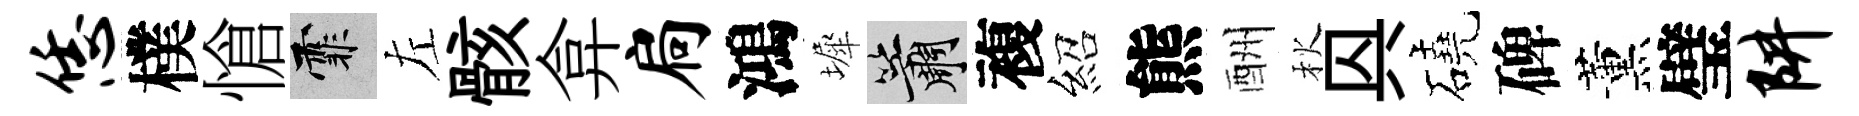
恁樸愴霏左骸弇扃鴻墀簫複紹熊酬秋㒷磽碑薰璧阱